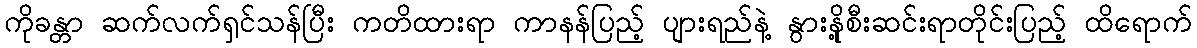
ကိုခန္တာ ဆက်လက်ရှင်သန်ပြီး ကတိထားရာ ကာနန်ပြည့် ပျားရည်နဲ့ နွားနို့စီးဆင်းရာတိုင်းပြည့် ထိရောက်